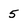
Character: 5